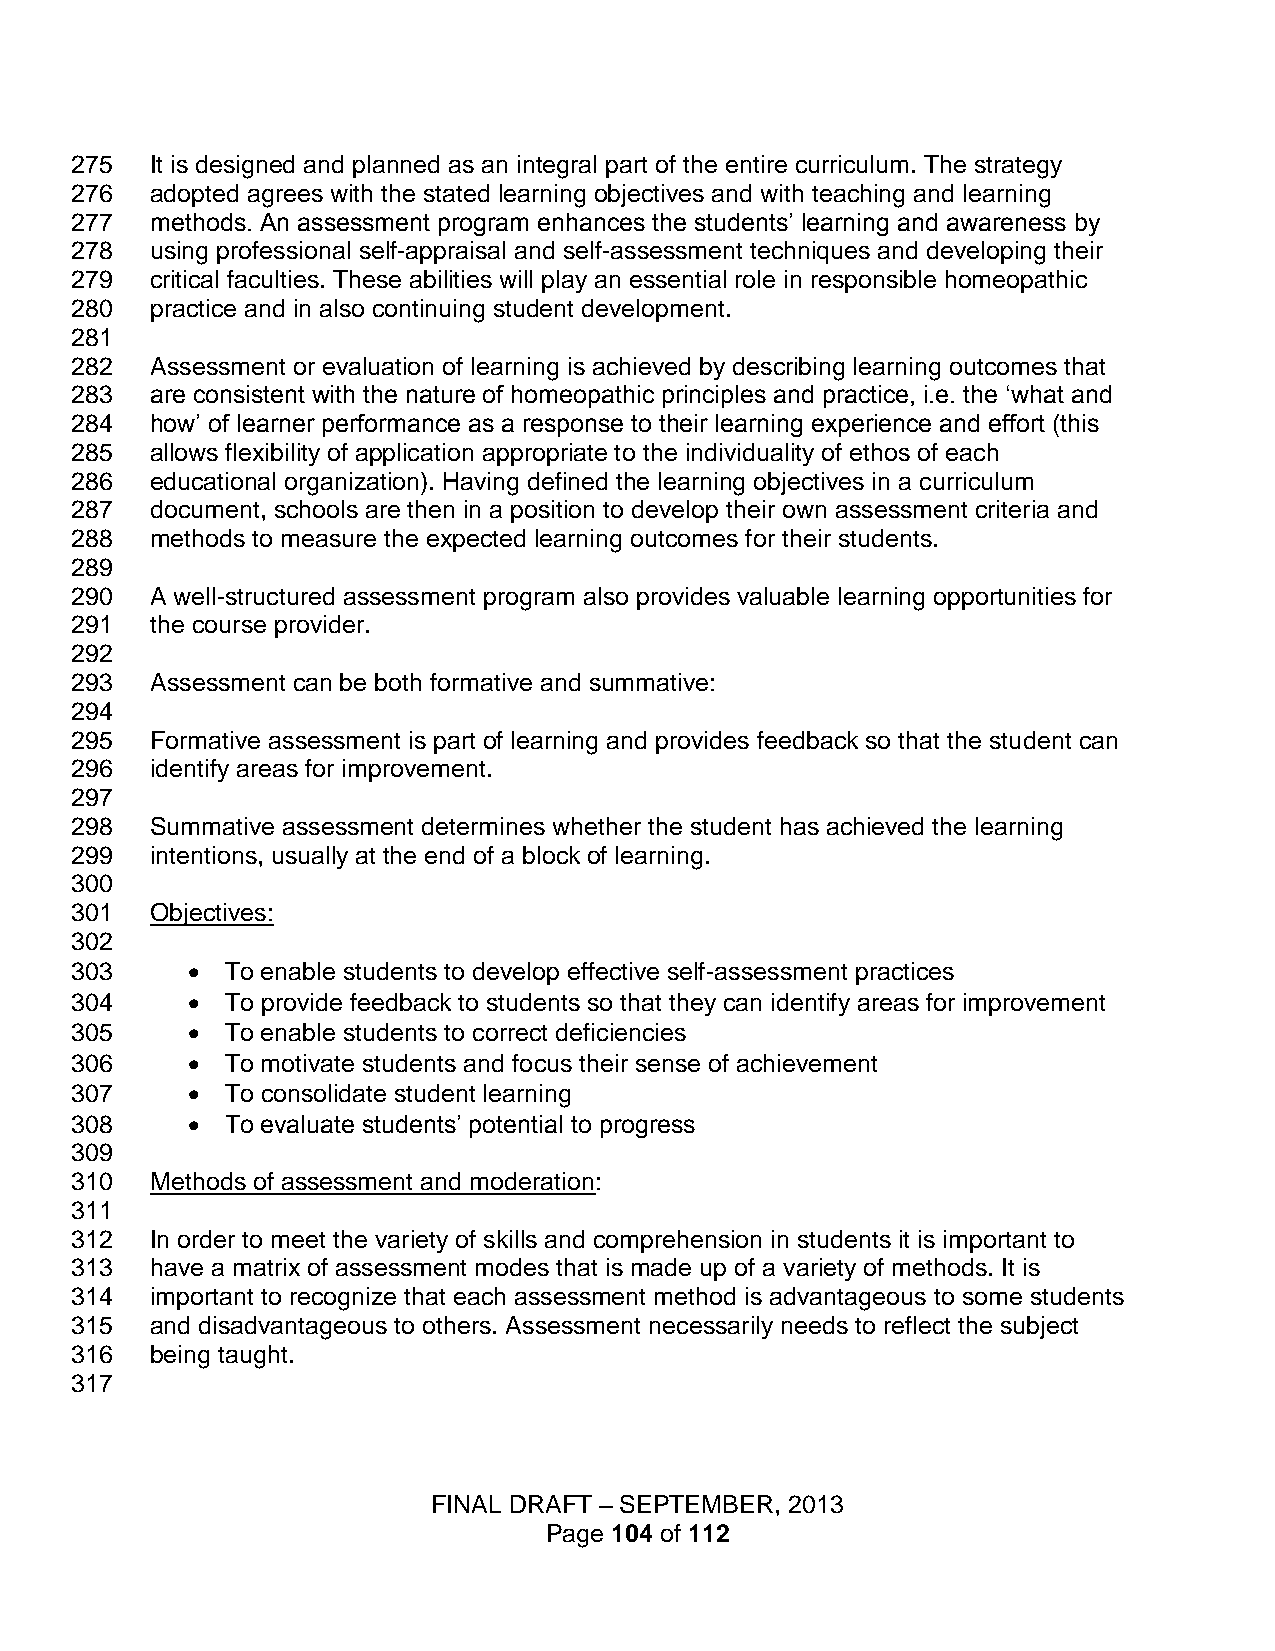
275  It is designed and planned as an integral part of the entire curriculum. The strategy
 276  adopted agrees with the stated learning objectives and with teaching and learning
 277  methods. An assessment program enhances the students’ learning and awareness by
 278  using professional self-appraisal and self-assessment techniques and developing their
 279  critical faculties. These abilities will play an essential role in responsible homeopathic
 280  practice and in also continuing student development.
 281
 282  Assessment or evaluation of learning is achieved by describing learning outcomes that
 283  are consistent with the nature of homeopathic principles and practice, i.e. the ‘what and
 284  how’ of learner performance as a response to their learning experience and effort (this
 285  allows flexibility of application appropriate to the individuality of ethos of each
 286  educational organization). Having defined the learning objectives in a curriculum
 287  document, schools are then in a position to develop their own assessment criteria and
 288  methods to measure the expected learning outcomes for their students.
 289
 290  A well-structured assessment program also provides valuable learning opportunities for
 291  the course provider.
 292
 293  Assessment can be both formative and summative:
 294
 295  Formative assessment is part of learning and provides feedback so that the student can
 296  identify areas for improvement.
 297
 298  Summative assessment determines whether the student has achieved the learning
 299  intentions, usually at the end of a block of learning.
 300
 301  Objectives:
 302
 303      To enable students to develop effective self-assessment practices
 304      To provide feedback to students so that they can identify areas for improvement
 305      To enable students to correct deficiencies
 306      To motivate students and focus their sense of achievement
 307      To consolidate student learning
 308      To evaluate students’ potential to progress
 309
 310  Methods of assessment and moderation:
 311
 312  In order to meet the variety of skills and comprehension in students it is important to
 313  have a matrix of assessment modes that is made up of a variety of methods. It is
 314  important to recognize that each assessment method is advantageous to some students
 315  and disadvantageous to others. Assessment necessarily needs to reflect the subject
 316  being taught.
 317
 FINAL DRAFT – SEPTEMBER, 2013
 Page 104 of 112